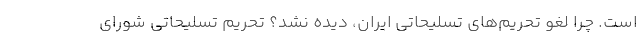
است. چرا لغو تحریم‌های تسلیحاتی ایران، دیده نشد؟ تحریم تسلیحاتی شورای